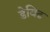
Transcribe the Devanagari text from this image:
डेविढ